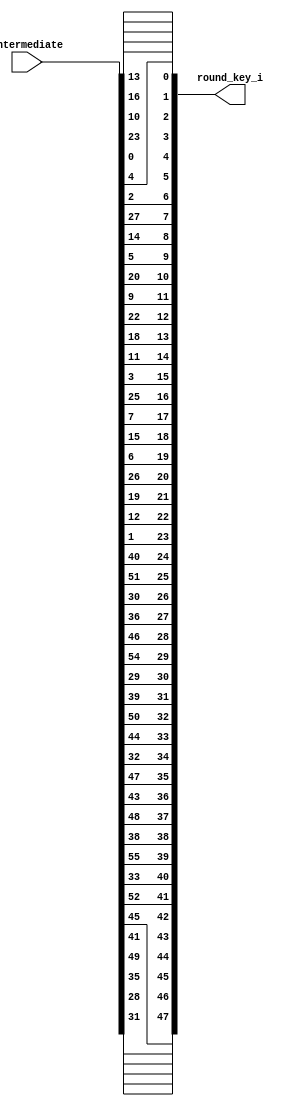
//perm2.v
//Permutation Choice 2 for Round Key Generator
//Compression P


module perm2(round_key_i, intermediate);
input [55:0] intermediate; //combination of right and left halves after they are both left rotated
output [47:0] round_key_i; //round key

/*PC-2
14 17 11 24 1 5
3 28 15 6 21 10
23 19 12 4 26 8
16 7 27 20 13 2
41 52 31 37 47 55
30 40 51 45 33 48
44 49 39 56 34 53
46 42 50 36 29 32 
*/
/*remember to subtract one so indicies are right*/
assign round_key_i[0] = intermediate[13];
assign round_key_i[1] = intermediate[16];
assign round_key_i[2] = intermediate[10];
assign round_key_i[3] = intermediate[23];
assign round_key_i[4] = intermediate[0];
assign round_key_i[5] = intermediate[4];

assign round_key_i[6] = intermediate[2];
assign round_key_i[7] = intermediate[27];
assign round_key_i[8] = intermediate[14];
assign round_key_i[9] = intermediate[5];
assign round_key_i[10] = intermediate[20];
assign round_key_i[11] = intermediate[9];

assign round_key_i[12] = intermediate[22];
assign round_key_i[13] = intermediate[18];
assign round_key_i[14] = intermediate[11];
assign round_key_i[15] = intermediate[3];
assign round_key_i[16] = intermediate[25];
assign round_key_i[17] = intermediate[7];

assign round_key_i[18] = intermediate[15];
assign round_key_i[19] = intermediate[6];
assign round_key_i[20] = intermediate[26];
assign round_key_i[21] = intermediate[19];
assign round_key_i[22] = intermediate[12];
assign round_key_i[23] = intermediate[1];

assign round_key_i[24] = intermediate[40];
assign round_key_i[25] = intermediate[51];
assign round_key_i[26] = intermediate[30];
assign round_key_i[27] = intermediate[36];
assign round_key_i[28] = intermediate[46];
assign round_key_i[29] = intermediate[54];

assign round_key_i[30] = intermediate[29];
assign round_key_i[31] = intermediate[39];
assign round_key_i[32] = intermediate[50];
assign round_key_i[33] = intermediate[44];
assign round_key_i[34] = intermediate[32];
assign round_key_i[35] = intermediate[47];

assign round_key_i[36] = intermediate[43];
assign round_key_i[37] = intermediate[48];
assign round_key_i[38] = intermediate[38];
assign round_key_i[39] = intermediate[55];
assign round_key_i[40] = intermediate[33];
assign round_key_i[41] = intermediate[52];

assign round_key_i[42] = intermediate[45];
assign round_key_i[43] = intermediate[41];
assign round_key_i[44] = intermediate[49];
assign round_key_i[45] = intermediate[35];
assign round_key_i[46] = intermediate[28];
assign round_key_i[47] = intermediate[31];


endmodule